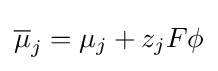
{\overline {\mu }}_{j}=\mu _{j}+z_{j}F\phi